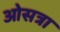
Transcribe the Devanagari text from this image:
ओसत्रा